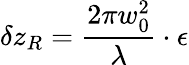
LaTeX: \delta z_{R}=\frac{2\pi w_{0}^{2}}{\lambda}\cdot\epsilon